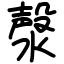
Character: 漀